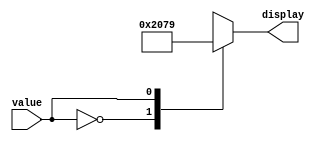
module segDecoder(value, display);

    input value;
    output reg [6:0] display;
	
    always @(*) begin

        case(value)
            0 : display = 7'b1000000;
            1 : display = 7'b1111001;
            2 : display = 7'b0100100;
            3 : display = 7'b0110000;
            4 : display = 7'b0011001;
            5 : display = 7'b0010010;
            6 : display = 7'b0000010;
            7 : display = 7'b1111000;
            8 : display = 7'b0000000;
            9 : display = 7'b0010000;
            default : display = 7'b1111111;
        endcase
    end

endmodule